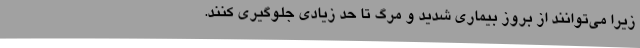
زیرا می‌توانند از بروز بیماری شدید و مرگ تا حد زیادی جلوگیری کنند.